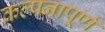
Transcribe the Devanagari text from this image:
कल्‍पनापूर्ण